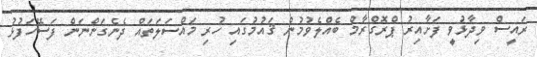
ރައީސް ވިދާޅުވީ ފަށާއިރު ޕްރޮގްރާމް ބެއްލެވުމުން ޤައުމުގައި ހުރި މައްސަލަތައް ދެނެގަންނަން ފަސޭހަފުޅު